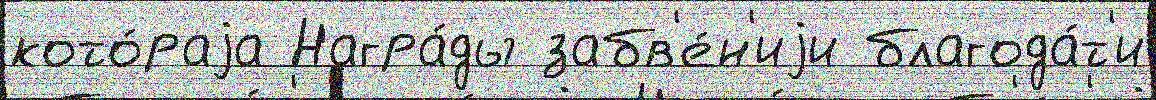
кото́раjа Награ́ды забв'е́н'иjи благода́т'и